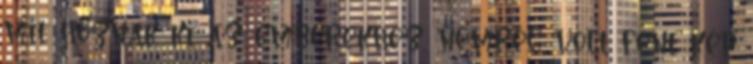
mit hoznak ki az emberekhez, nemrég volt fent kép